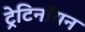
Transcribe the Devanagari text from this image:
ट्रेटिनॉयन